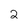
Character: 2